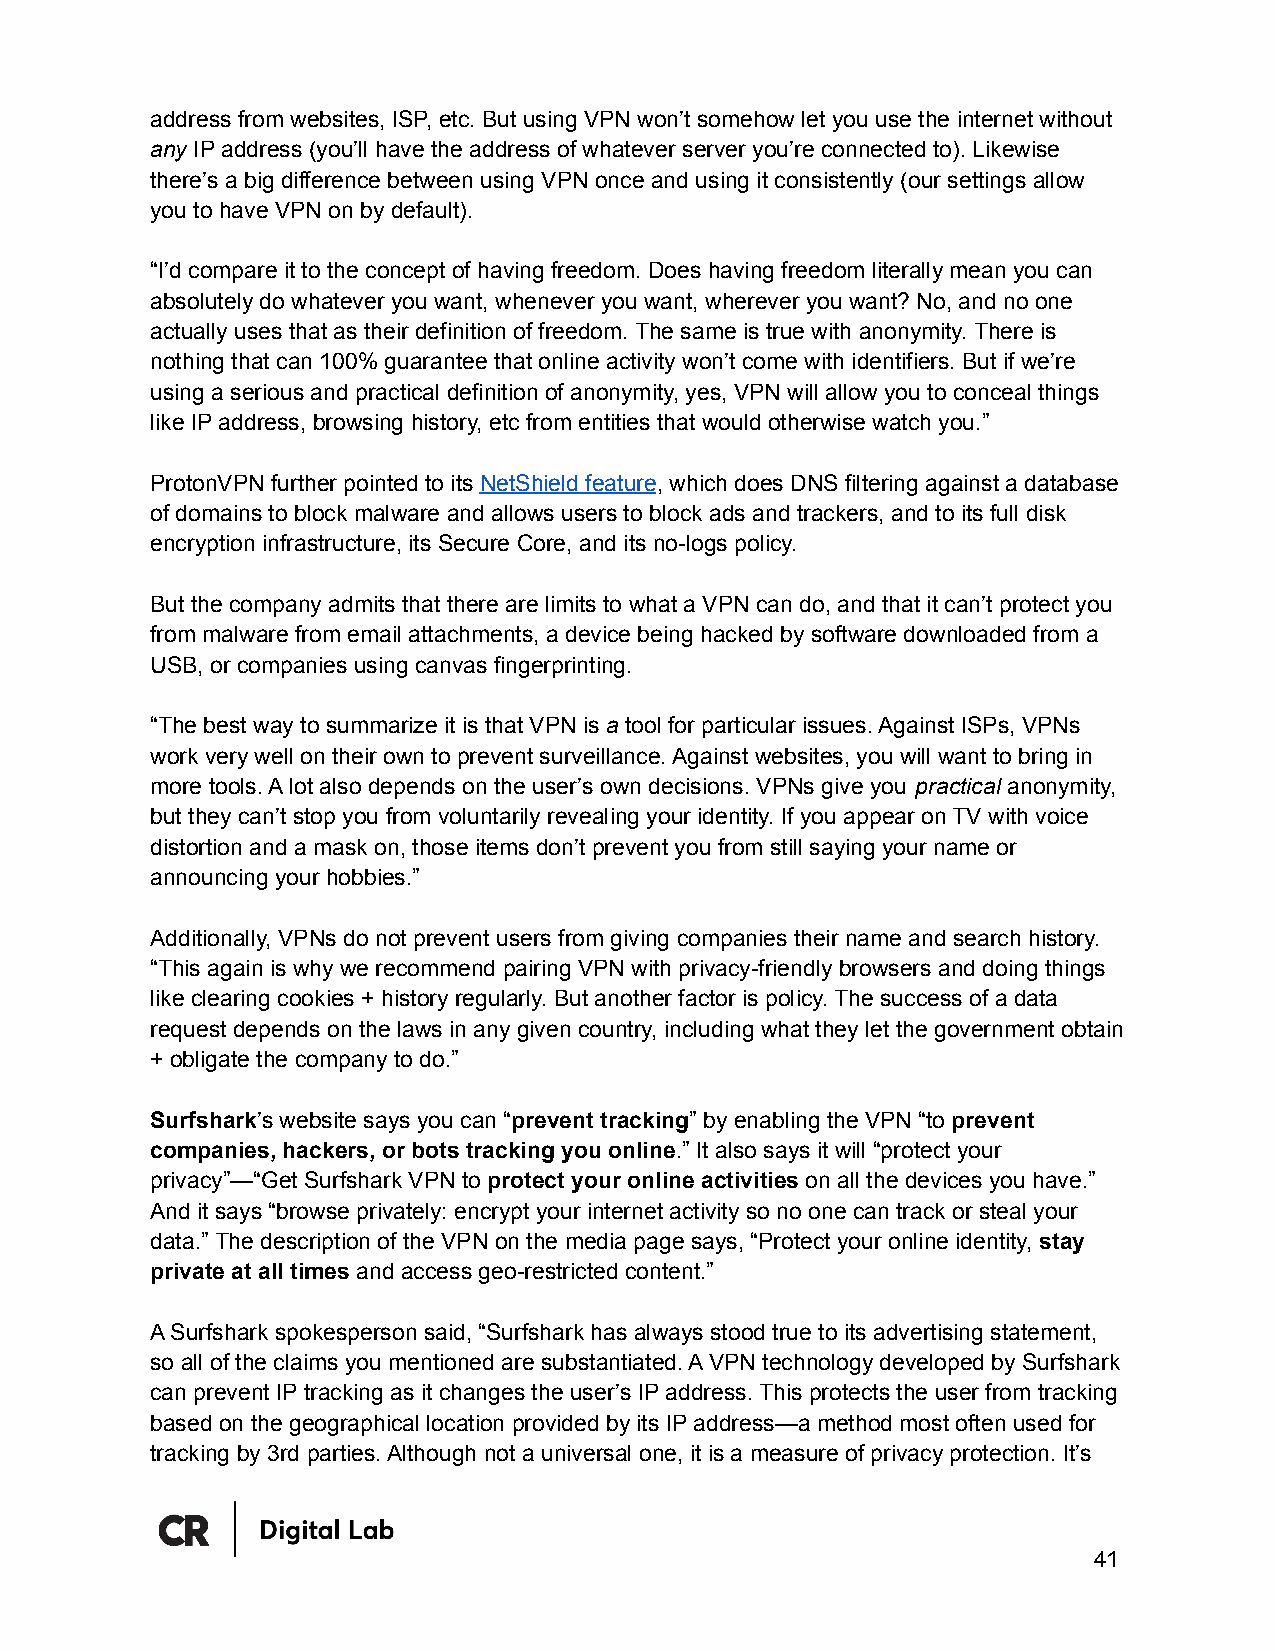
address from websites, ISP, etc. But using VPN won’t somehow let you use the internet without
 any IP address (you’ll have the address of whatever server you’re connected to). Likewise
 there’s a big difference between using VPN once and using it consistently (our settings allow
 you to have VPN on by default).
 “I’d compare it to the concept of having freedom. Does having freedom literally mean you can
 absolutely do whatever you want, whenever you want, wherever you want? No, and no one
 actually uses that as their definition of freedom. The same is true with anonymity. There is
 nothing that can 100% guarantee that online activity won’t come with identifiers. But if we’re
 using a serious and practical definition of anonymity, yes, VPN will allow you to conceal things
 like IP address, browsing history, etc from entities that would otherwise watch you.”
 ProtonVPN further pointed to its NetShield feature, which does DNS filtering against a database
 of domains to block malware and allows users to block ads and trackers, and to its full disk
 encryption infrastructure, its Secure Core, and its no-logs policy.
 But the company admits that there are limits to what a VPN can do, and that it can’t protect you
 from malware from email attachments, a device being hacked by software downloaded from a
 USB, or companies using canvas fingerprinting.
 “The best way to summarize it is that VPN is a tool for particular issues. Against ISPs, VPNs
 work very well on their own to prevent surveillance. Against websites, you will want to bring in
 more tools. A lot also depends on the user’s own decisions. VPNs give you practical anonymity,
 but they can’t stop you from voluntarily revealing your identity. If you appear on TV with voice
 distortion and a mask on, those items don’t prevent you from still saying your name or
 announcing your hobbies.”
 Additionally, VPNs do not prevent users from giving companies their name and search history.
 “This again is why we recommend pairing VPN with privacy-friendly browsers and doing things
 like clearing cookies + history regularly. But another factor is policy. The success of a data
 request depends on the laws in any given country, including what they let the government obtain
 + obligate the company to do.”
 Surfshark’s website says you can “prevent tracking” by enabling the VPN “to prevent
 companies, hackers, or bots tracking you online.” It also says it will “protect your
 privacy”—“Get Surfshark VPN to protect your online activities on all the devices you have.”
 And it says “browse privately: encrypt your internet activity so no one can track or steal your
 data.” The description of the VPN on the media page says, “Protect your online identity, stay
 private at all times and access geo-restricted content.”
 A Surfshark spokesperson said, “Surfshark has always stood true to its advertising statement,
 so all of the claims you mentioned are substantiated. A VPN technology developed by Surfshark
 can prevent IP tracking as it changes the user’s IP address. This protects the user from tracking
 based on the geographical location provided by its IP address—a method most often used for
 tracking by 3rd parties. Although not a universal one, it is a measure of privacy protection. It’s
 41